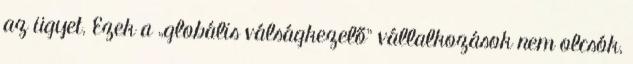
az ügyet. Ezek a „globális válságkezelő” vállalkozások nem olcsók,